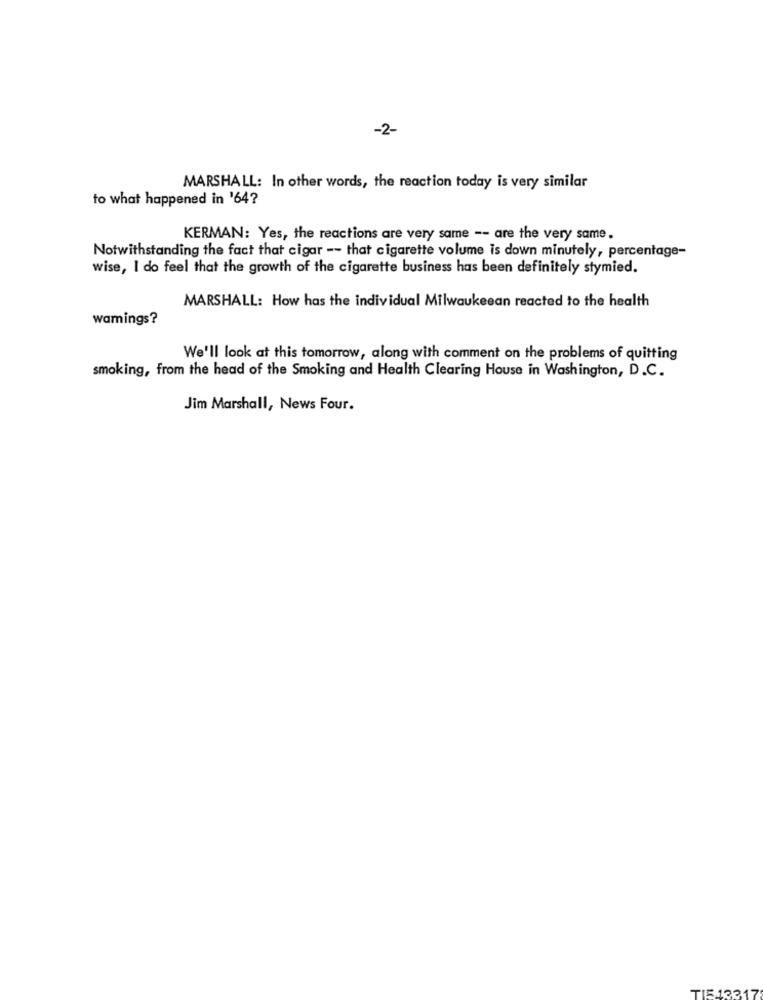
-2-
MARSHALL: In other words, the reaction today is very similar
to what happened in '64?
KERMAN: Yes, the reactions are very same -- are the very same.
Notwithstanding the fact that cigar -- that cigarette volume is down minutely, percentage-
wise, I do feel that the growth of the cigarette business has been definitely stymied.
MARSHALL: How has the individual Milwaukeean reacted to the health
wamings?
We'll look at this tomorrow, along with comment on the problems of quitting
smoking, from the head of the Smoking and Health Clearing House in Washington, D.C.
Jim Marshall, News Four.
TIE13317